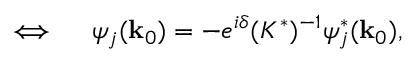
\iff \quad \psi _ { j } ( { \bf k } _ { 0 } ) = - e ^ { i \delta } ( K ^ { * } ) ^ { - 1 } \psi _ { j } ^ { * } ( { \bf k } _ { 0 } ) ,